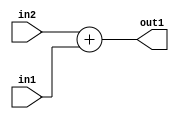
`timescale 1ps / 1ps
/*****************************************************************************
    Verilog RTL Description
    
    
    Created by: Stratus DpOpt 21.05.01 
*******************************************************************************/

module Filter_Add_5Ux3U_5U_1 (
	in2,
	in1,
	out1
	); /* architecture "behavioural" */ 
input [4:0] in2;
input [2:0] in1;
output [4:0] out1;
wire [4:0] asc001;

assign asc001 = 
	+(in2)
	+(in1);

assign out1 = asc001;
endmodule

/* CADENCE  urnySQk= : u9/ySxbfrwZIxEzHVQQV8Q== ** DO NOT EDIT THIS LINE ******/